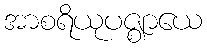
အာစရိယုပဇ္ဈာယေ